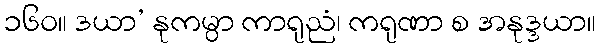
၁၆၀။ ဒယာ’ နုကမ္ပာ ကာရုညံ၊ ကရုဏာ စ အနုဒ္ဒယာ။